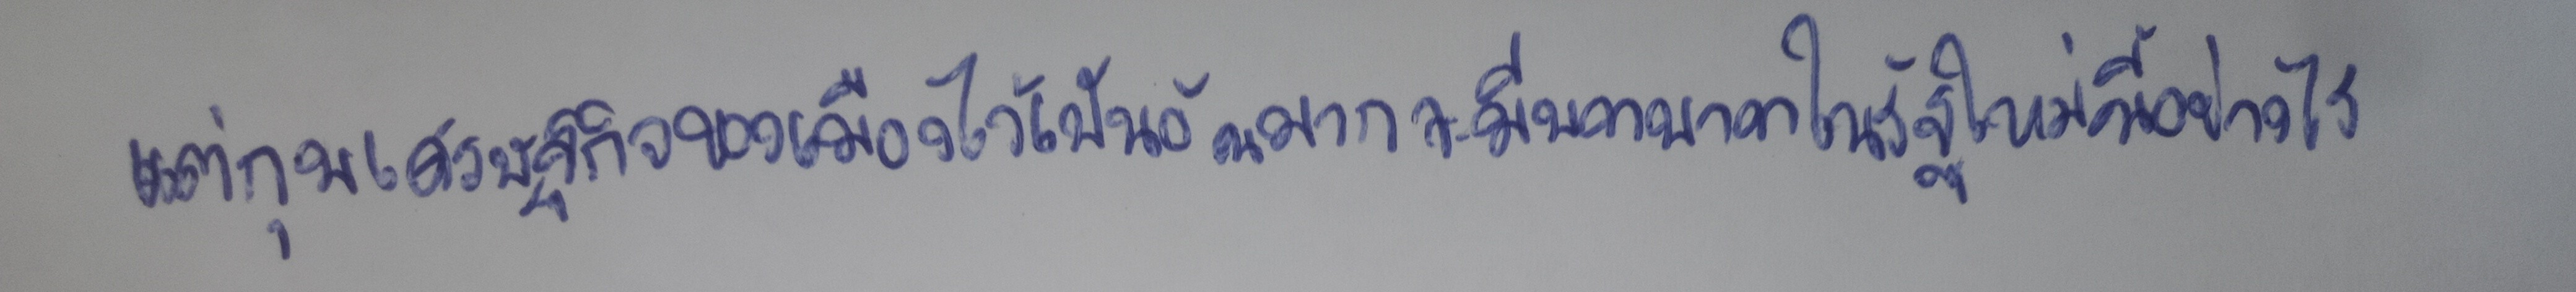
แต่กุมเศรษฐกิจของเมืองไว้เป็นอันมากจะมีบทบาทในรัฐใหม่นี้อย่างไร